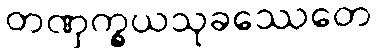
တဏှက္ခယသုခဿေတေ